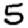
Digit: 5